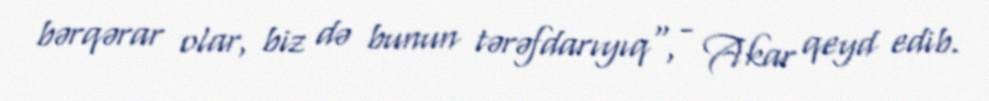
bərqərar olar, biz də bunun tərəfdarıyıq", - Akar qeyd edib.